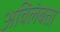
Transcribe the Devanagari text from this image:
अविलंबता